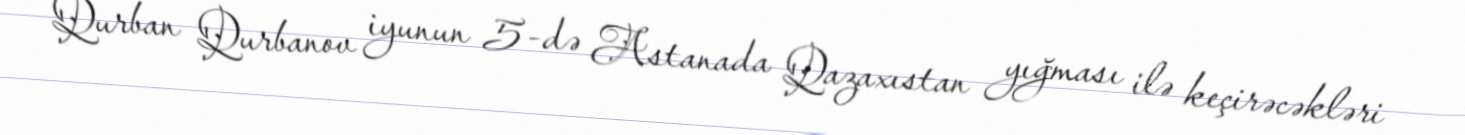
Qurban Qurbanov iyunun 5-də Astanada Qazaxıstan yığması ilə keçirəcəkləri